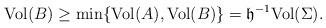
LaTeX: \begin{align*}{\rm Vol} (B )\geq \min\{{\rm Vol} (A ),{\rm Vol} (B )\}=\mathfrak h^{-1} {\rm Vol} (\Sigma ).\end{align*}